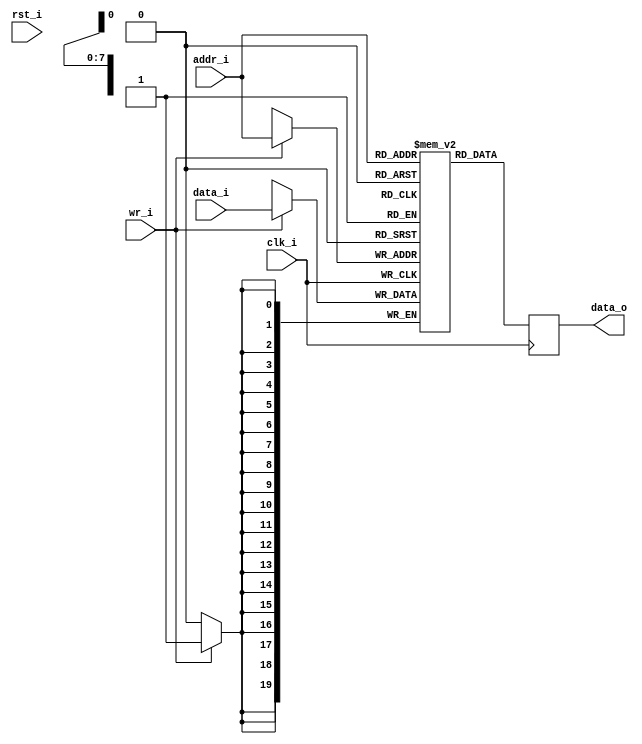
//-----------------------------------------------------------------
//                         biRISC-V CPU
//                            V0.6.0
//                     Ultra-Embedded.com
//                     Copyright 2019-2020
//
//                   admin@ultra-embedded.com
//
//                     License: Apache 2.0
//-----------------------------------------------------------------
// Copyright 2020 Ultra-Embedded.com
// 
// Licensed under the Apache License, Version 2.0 (the "License");
// you may not use this file except in compliance with the License.
// You may obtain a copy of the License at
// 
//     http://www.apache.org/licenses/LICENSE-2.0
// 
// Unless required by applicable law or agreed to in writing, software
// distributed under the License is distributed on an "AS IS" BASIS,
// WITHOUT WARRANTIES OR CONDITIONS OF ANY KIND, either express or implied.
// See the License for the specific language governing permissions and
// limitations under the License.
//-----------------------------------------------------------------

module icache_tag_ram
(
    // Inputs
     input           clk_i
    ,input           rst_i
    ,input  [  7:0]  addr_i
    ,input  [ 19:0]  data_i
    ,input           wr_i

    // Outputs
    ,output [ 19:0]  data_o
);




//-----------------------------------------------------------------
// Single Port RAM 0KB
// Mode: Read First
//-----------------------------------------------------------------
reg [19:0]   ram [255:0] /*verilator public*/;
reg [19:0]   ram_read_q;

// Synchronous write
always @ (posedge clk_i)
begin
    if (wr_i)
        ram[addr_i] <= data_i;
    ram_read_q <= ram[addr_i];
end

assign data_o = ram_read_q;



endmodule